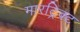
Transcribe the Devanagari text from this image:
मारट्रिक्ट